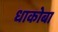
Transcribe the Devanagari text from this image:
धाकोबा